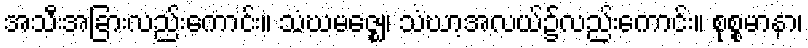
အသီးအခြားလည်းကောင်း။ သံဃမဇ္ဈေ၊ သံဃာ့အလယ်၌လည်းကောင်း။ စုစ္စမာနာ၊